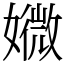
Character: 㜫